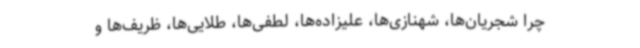
چرا شجریان‌ها، شهنازی‌ها، علیزاده‌ها، لطفی‌ها، طلایی‌ها، ظریف‌ها و